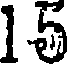
15